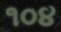
૧૦૪